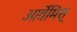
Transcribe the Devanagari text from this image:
आर्तेमिस्